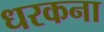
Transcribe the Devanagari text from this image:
धरकना